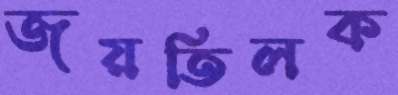
জয়তিলক